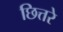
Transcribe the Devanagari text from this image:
छित्तरे